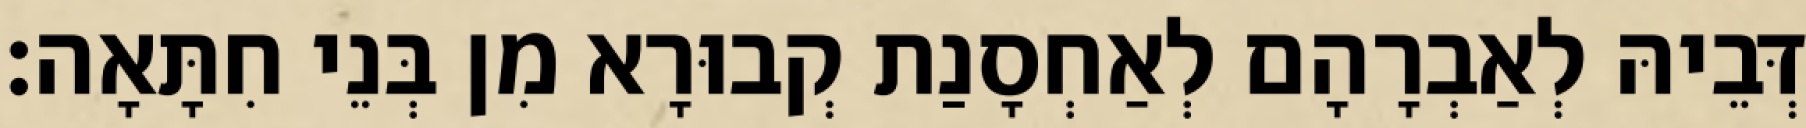
דְּבֵיהּ לְאַבְרָהָם לְאַחְסָנַת קְבוּרָא מִן בְּנֵי חִתָּאָה׃